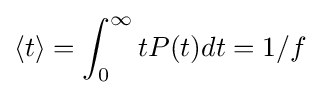
\langle t\rangle =\int _{0}^{\infty }tP(t)dt=1/f